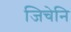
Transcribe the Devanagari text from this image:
जिचेनि